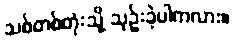
သစ်တစ်တုံးသို့ သုဉ်းခဲ့ပါကလား။